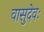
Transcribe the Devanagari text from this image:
वासुदेवः